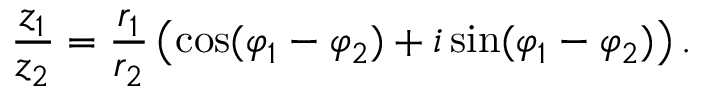
{ \frac { z _ { 1 } } { z _ { 2 } } } = { \frac { r _ { 1 } } { r _ { 2 } } } \left( \cos ( \varphi _ { 1 } - \varphi _ { 2 } ) + i \sin ( \varphi _ { 1 } - \varphi _ { 2 } ) \right) .